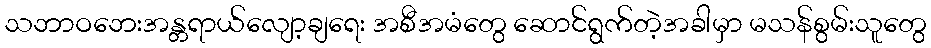
သဘာဝဘေးအန္တရာယ်လျော့ချရေး အစီအမံတွေ ဆောင်ရွက်တဲ့အခါမှာ မသန်စွမ်းသူတွေ